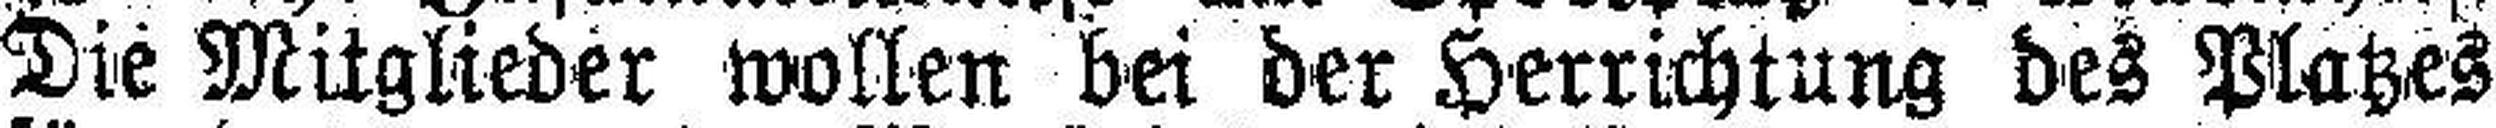
Die Mitglieder wollen bei der Herrichtung des Platzes